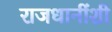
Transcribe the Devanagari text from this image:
राजधानींशी